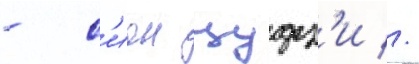
- с'ион цудз'и //